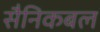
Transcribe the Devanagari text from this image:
सैनिकबल